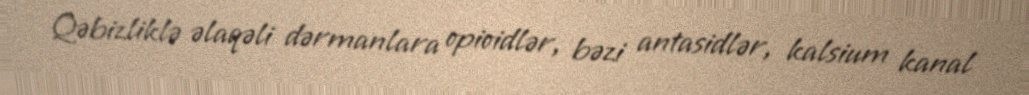
Qəbizliklə əlaqəli dərmanlara opioidlər, bəzi antasidlər, kalsium kanal